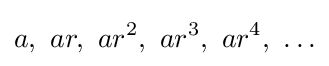
a,\ ar,\ ar^{2},\ ar^{3},\ ar^{4},\ \ldots